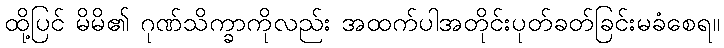
ထို့ပြင် မိမိ၏ ဂုဏ်သိက္ခာကိုလည်း အထက်ပါအတိုင်းပုတ်ခတ်ခြင်းမခံစေရ။